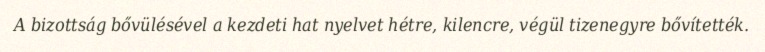
A bizottság bővülésével a kezdeti hat nyelvet hétre, kilencre, végül tizenegyre bővítették.